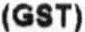
(GST)